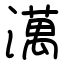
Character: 澫